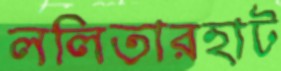
ললিতারহাট